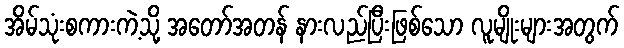
အိမ်သုံးစကားကဲ့သို့ အတော်အတန် နားလည်ပြီးဖြစ်သော လူမျိုးများအတွက်